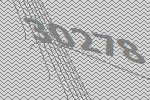
30278